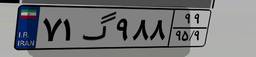
۷۱گ۹۸۸۹۹